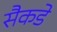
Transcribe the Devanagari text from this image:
सैकडे